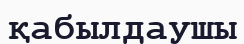
қабылдаушы